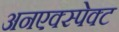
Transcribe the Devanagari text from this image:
अनएक्स्पेक्ट